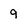
Character: g